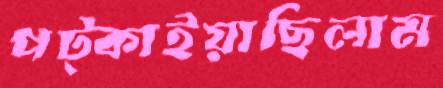
পট্‌কাইয়াছিলাম